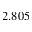
2 . 8 0 5